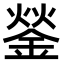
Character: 𨧿